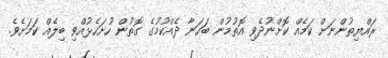
ރައްޔިތުންނަށް ކަމެއް ކޮށްނުދެވި އޮތުމުން ބަހަނާ ދެއްކުމުގެ ގޮތުން ހުށަހެޅުއްވި ބިލެއް ކަމަށެވެ.